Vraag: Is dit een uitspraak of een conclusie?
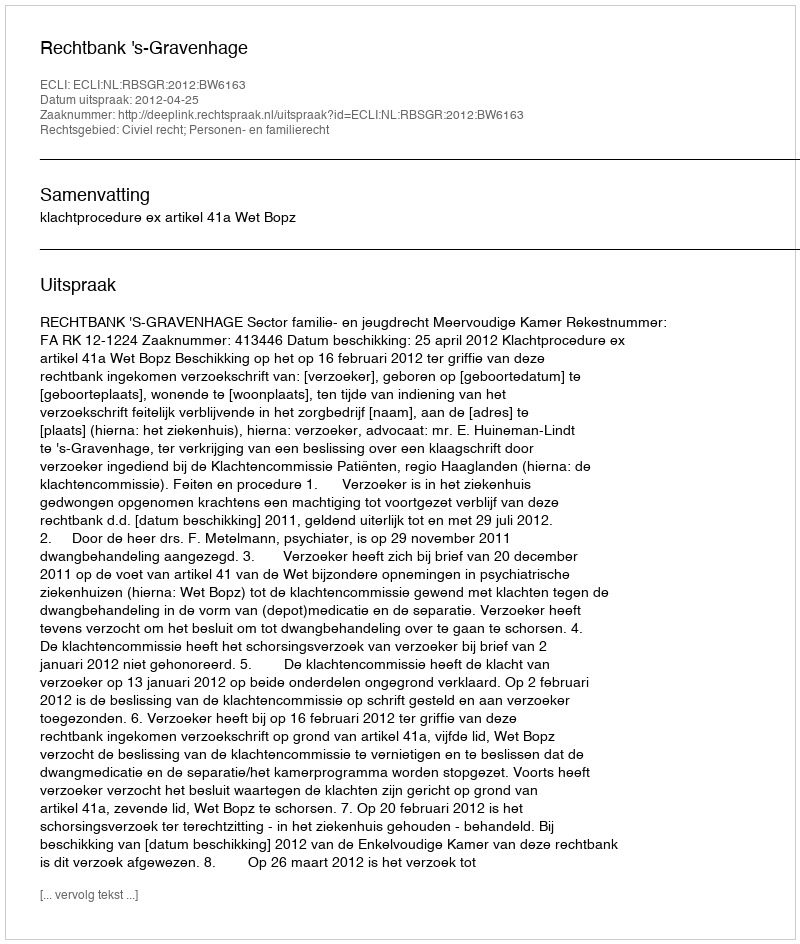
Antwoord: Uitspraak